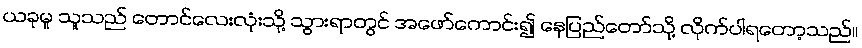
ယခုမူ သူသည် တောင်လေးလုံးသို့ သွားရာတွင် အဖော်ကောင်း၍ နေပြည်တော်သို့ လိုက်ပါရတော့သည်။